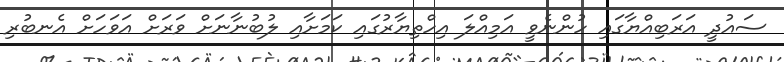
ސައުދީ އަރަބިއްޔާގައި ހުންނެވީ އަމިއްލަ އިހްތިޔާރުގައި ކަމަށާއި ލުބުނާނަށް ވަރަށް އަވަހަށް އެނބުރި